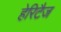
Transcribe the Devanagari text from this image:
हेरिटैज